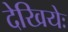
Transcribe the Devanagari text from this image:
देखियेः